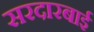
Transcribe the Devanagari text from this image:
सरदारबाई